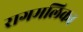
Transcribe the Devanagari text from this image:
रागमलिका